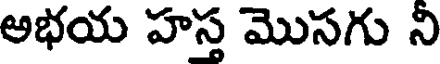
అభయ హస్త మొసగు ని